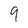
Character: 9